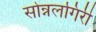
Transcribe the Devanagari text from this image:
सोन्नलगिरी